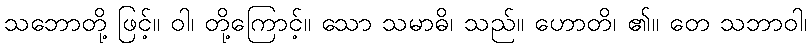
သဘောတို့ ဖြင့်။ ဝါ၊ တို့ကြောင့်။ သော သမာဓိ၊ သည်။ ဟောတိ၊ ၏။ တေ သဘာဝါ၊